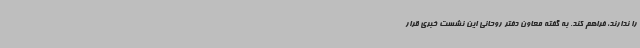
را ندارند، فراهم کند. به گفته معاون دفتر روحانی این نشست خبری قرار